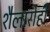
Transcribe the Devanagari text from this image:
शैलारोही